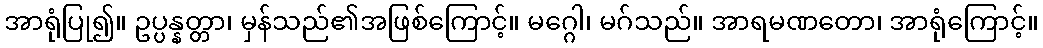
အာရုံပြု၍။ ဥပ္ပန္နတ္တာ၊ မှန်သည်၏အဖြစ်ကြောင့်။ မဂ္ဂေါ၊ မဂ်သည်။ အာရမဏတော၊ အာရုံကြောင့်။